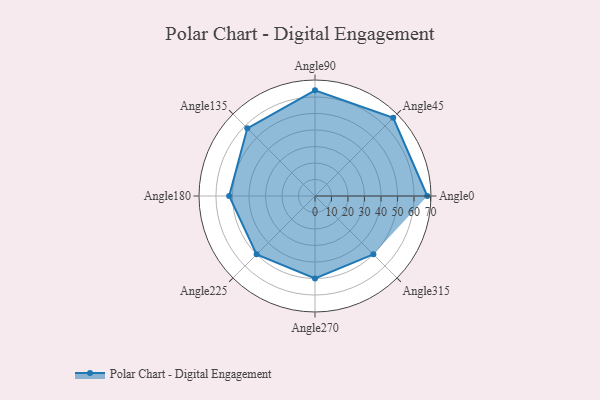
{"axis": {"x": "Angle", "y": "Radius"}, "legend": [""], "data": [{"x": "Angle0", "y": 68.0, "type": ""}, {"x": "Angle45", "y": 67.0, "type": ""}, {"x": "Angle90", "y": 64.0, "type": ""}, {"x": "Angle135", "y": 58.0, "type": ""}, {"x": "Angle180", "y": 52.0, "type": ""}, {"x": "Angle225", "y": 50, "type": ""}, {"x": "Angle270", "y": 50, "type": ""}, {"x": "Angle315", "y": 50, "type": ""}]}